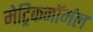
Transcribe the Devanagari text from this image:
मेट्रिकनॉर्मल